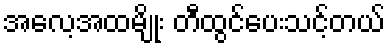
အလေ့အထမျိုး တီထွင်ပေးသင့်တယ်